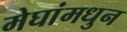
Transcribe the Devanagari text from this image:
मेघांमधुन